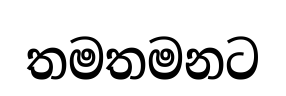
තමතමනට